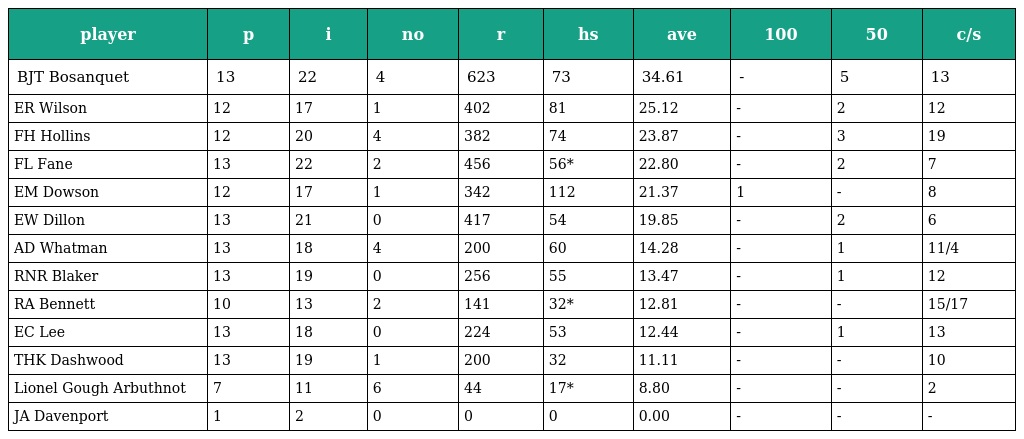
| player | p | i | no | r | hs | ave | 100 | 50 | c/s |
 | --- | --- | --- | --- | --- | --- | --- | --- | --- | --- |
 | BJT Bosanquet | 13 | 22 | 4 | 623 | 73 | 34.61 | - | 5 | 13 |
 | ER Wilson | 12 | 17 | 1 | 402 | 81 | 25.12 | - | 2 | 12 |
 | FH Hollins | 12 | 20 | 4 | 382 | 74 | 23.87 | - | 3 | 19 |
 | FL Fane | 13 | 22 | 2 | 456 | 56* | 22.80 | - | 2 | 7 |
 | EM Dowson | 12 | 17 | 1 | 342 | 112 | 21.37 | 1 | - | 8 |
 | EW Dillon | 13 | 21 | 0 | 417 | 54 | 19.85 | - | 2 | 6 |
 | AD Whatman | 13 | 18 | 4 | 200 | 60 | 14.28 | - | 1 | 11/4 |
 | RNR Blaker | 13 | 19 | 0 | 256 | 55 | 13.47 | - | 1 | 12 |
 | RA Bennett | 10 | 13 | 2 | 141 | 32* | 12.81 | - | - | 15/17 |
 | EC Lee | 13 | 18 | 0 | 224 | 53 | 12.44 | - | 1 | 13 |
 | THK Dashwood | 13 | 19 | 1 | 200 | 32 | 11.11 | - | - | 10 |
 | Lionel Gough Arbuthnot | 7 | 11 | 6 | 44 | 17* | 8.80 | - | - | 2 |
 | JA Davenport | 1 | 2 | 0 | 0 | 0 | 0.00 | - | - | - |